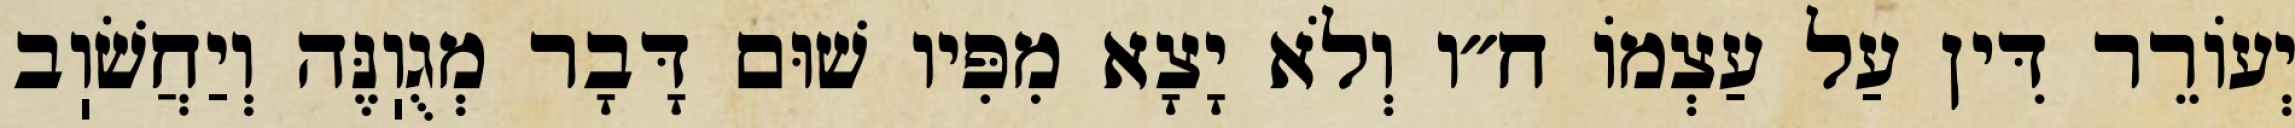
יְעוֹרֵר דִּין עַל עַצְמוֹ ח״ו וְלֹא יָצָא מִפִּיו שׁוּם דָּבָר מְגֻוֽנֶּה וְיַחֲשֹׁוֽב